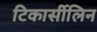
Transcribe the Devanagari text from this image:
टिकार्सीलिन